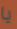
يا